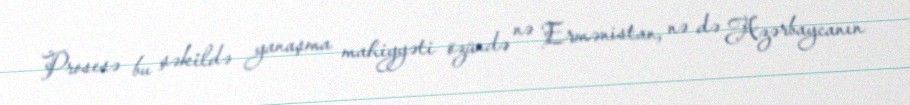
Prosesə bu şəkildə yanaşma mahiyyəti özündə nə Ermənistan, nə də Azərbaycanın